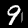
Digit: 9